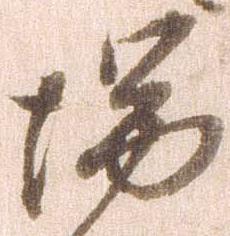
端